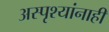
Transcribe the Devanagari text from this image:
अस्पृश्यांनाही